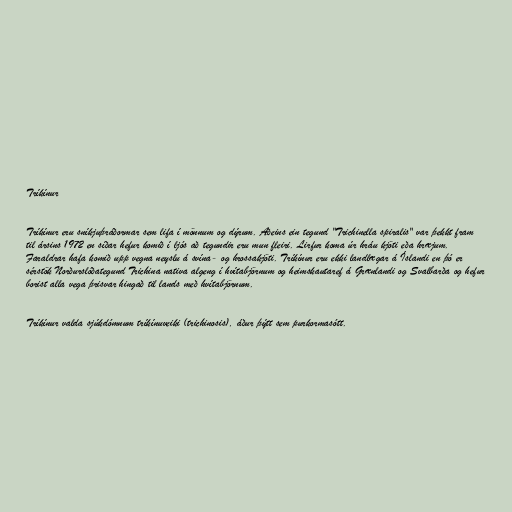
Tríkínur

Tríkínur eru sníkjuþráðormar sem lifa í mönnum og dýrum. Aðeins ein tegund "Trichinella spiralis" var þekkt fram
til ársins 1972 en síðar hefur komið í ljós að tegundir eru mun fleiri. Lirfur koma úr hráu kjöti eða hræjum.
Faraldrar hafa komið upp vegna neyslu á svína- og hrossakjöti. Tríkínur eru ekki landlægar á Íslandi en þó er
sérstök Norðurslóðategund Trichina nativa algeng í hvítabjörnum og heimskautaref á Grænlandi og Svalbarða og hefur
borist alla vega þrisvar hingað til lands með hvítabjörnum.

Tríkínur valda sjúkdómnum tríkínuveiki (trichinosis), áður þýtt sem purkormasótt.